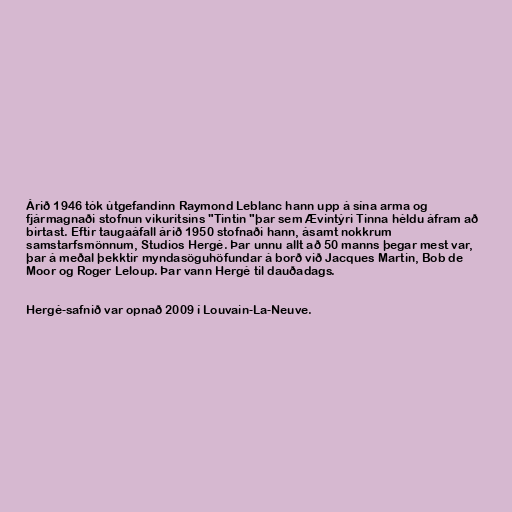
Árið 1946 tók útgefandinn Raymond Leblanc hann upp á sína arma og
fjármagnaði stofnun vikuritsins "Tintin "þar sem Ævintýri Tinna héldu áfram að
birtast. Eftir taugaáfall árið 1950 stofnaði hann, ásamt nokkrum
samstarfsmönnum, Studios Hergé. Þar unnu allt að 50 manns þegar mest var,
þar á meðal þekktir myndasöguhöfundar á borð við Jacques Martin, Bob de
Moor og Roger Leloup. Þar vann Hergé til dauðadags.

Hergé-safnið var opnað 2009 í Louvain-La-Neuve.